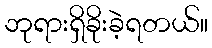
ဘုရားရှိခိုးခဲ့ရတယ်။